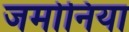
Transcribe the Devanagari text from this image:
जमोनिया